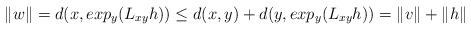
LaTeX: \begin{align*}\|w\|=d(x,exp_y(L_{xy}h))\leq d(x,y)+d(y,exp_y(L_{xy}h))=\|v\|+\|h\|\end{align*}